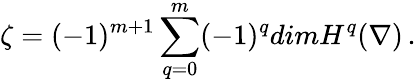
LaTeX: \zeta=(-1)^{m+1}\sum_{q=0}^{m}(-1)^{q}dimH^{q}(\nabla)\, .